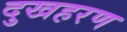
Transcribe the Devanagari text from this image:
दुखहरण